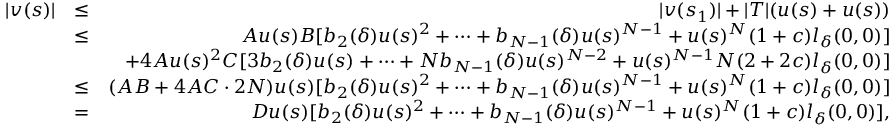
\begin{array} { r l r } { | v ( s ) | } & { \leq } & { | v ( s _ { 1 } ) | + | T | ( u ( s ) + u ( s ) ) } \\ & { \leq } & { A u ( s ) B [ b _ { 2 } ( \delta ) u ( s ) ^ { 2 } + \cdots + b _ { N - 1 } ( \delta ) u ( s ) ^ { N - 1 } + u ( s ) ^ { N } ( 1 + c ) l _ { \delta } ( 0 , 0 ) ] } \\ & { } & { + 4 A u ( s ) ^ { 2 } C [ 3 b _ { 2 } ( \delta ) u ( s ) + \cdots + N b _ { N - 1 } ( \delta ) u ( s ) ^ { N - 2 } + u ( s ) ^ { N - 1 } N ( 2 + 2 c ) l _ { \delta } ( 0 , 0 ) ] } \\ & { \leq } & { ( A B + 4 A C \cdot 2 N ) u ( s ) [ b _ { 2 } ( \delta ) u ( s ) ^ { 2 } + \cdots + b _ { N - 1 } ( \delta ) u ( s ) ^ { N - 1 } + u ( s ) ^ { N } ( 1 + c ) l _ { \delta } ( 0 , 0 ) ] } \\ & { = } & { D u ( s ) [ b _ { 2 } ( \delta ) u ( s ) ^ { 2 } + \cdots + b _ { N - 1 } ( \delta ) u ( s ) ^ { N - 1 } + u ( s ) ^ { N } ( 1 + c ) l _ { \delta } ( 0 , 0 ) ] , } \end{array}